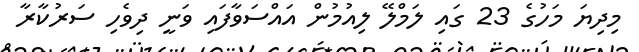
މިދިޔަ މަހުގެ 23 ގައި ލަމްލޭ ލިއުމުން އައްސަވާފައި ވަނީ ދިވެހި ސަރުކާރާ